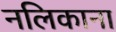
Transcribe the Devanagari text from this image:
नलिकाना